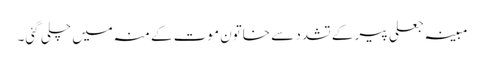
مبینہ جعلی پیر کے تشدد سے خاتون موت کے منہ میں چلی گئی۔